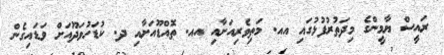
ރައީސް ޔާމީންގެ މިދަތުރުފުޅުގައި އއ. މަތިވެރިއަށާއި އއ. ތޮއްޑޫއަށާއި ދ. ކުޑަހުވަދޫއަށް ވަޑައިގެން